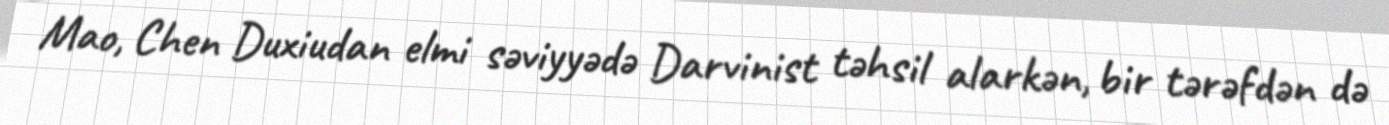
Mao, Chen Duxiudan elmi səviyyədə Darvinist təhsil alarkən, bir tərəfdən də